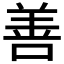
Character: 善